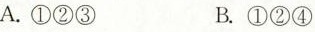
A.①②③ B.①②④